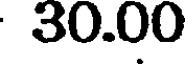
30.00